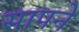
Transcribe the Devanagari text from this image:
सापने